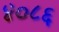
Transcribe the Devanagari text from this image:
४०८६